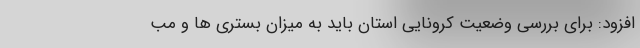
افزود: برای بررسی وضعیت کرونایی استان باید به میزان بستری ها و مب